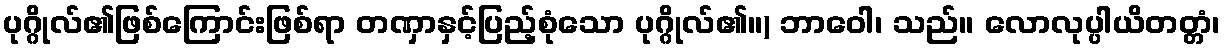
ပုဂ္ဂိုလ်၏ဖြစ်ကြောင်းဖြစ်ရာ တဏှာနှင့်ပြည့်စုံသော ပုဂ္ဂိုလ်၏။) ဘာဝေါ၊ သည်။ လောလုပ္ပါယိတတ္တံ၊